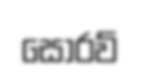
සොරව්